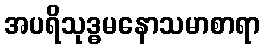
အပရိသုဒ္ဓမနောသမာစာရာ